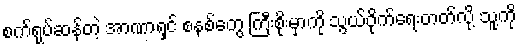
စက်ရုပ်ဆန်တဲ့ အာဏာရှင် စနစ်တွေ ကြီးစိုးမှာကို သွယ်ဝိုက်ရေးတတ်လို့ သူ့ကို